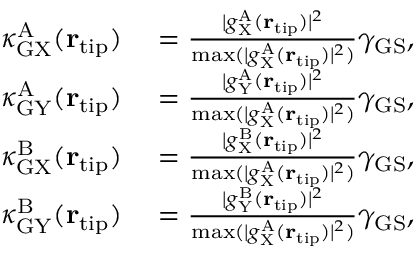
\begin{array} { r l } { \kappa _ { \mathrm { G X } } ^ { \mathrm { A } } ( { \bf r } _ { \mathrm { t i p } } ) } & { { } = \frac { | g _ { \mathrm { X } } ^ { \mathrm { A } } ( { \bf r } _ { \mathrm { t i p } } ) | ^ { 2 } } { \operatorname* { m a x } ( | g _ { \mathrm { X } } ^ { \mathrm { A } } ( { \bf r } _ { \mathrm { t i p } } ) | ^ { 2 } ) } \gamma _ { \mathrm { G S } } , } \\ { \kappa _ { \mathrm { G Y } } ^ { \mathrm { A } } ( { \bf r } _ { \mathrm { t i p } } ) } & { { } = \frac { | g _ { \mathrm { Y } } ^ { \mathrm { A } } ( { \bf r } _ { \mathrm { t i p } } ) | ^ { 2 } } { \operatorname* { m a x } ( | g _ { \mathrm { X } } ^ { \mathrm { A } } ( { \bf r } _ { \mathrm { t i p } } ) | ^ { 2 } ) } \gamma _ { \mathrm { G S } } , } \\ { \kappa _ { \mathrm { G X } } ^ { \mathrm { B } } ( { \bf r } _ { \mathrm { t i p } } ) } & { { } = \frac { | g _ { \mathrm { X } } ^ { \mathrm { B } } ( { \bf r } _ { \mathrm { t i p } } ) | ^ { 2 } } { \operatorname* { m a x } ( | g _ { \mathrm { X } } ^ { \mathrm { A } } ( { \bf r } _ { \mathrm { t i p } } ) | ^ { 2 } ) } \gamma _ { \mathrm { G S } } , } \\ { \kappa _ { \mathrm { G Y } } ^ { \mathrm { B } } ( { \bf r } _ { \mathrm { t i p } } ) } & { { } = \frac { | g _ { \mathrm { Y } } ^ { \mathrm { B } } ( { \bf r } _ { \mathrm { t i p } } ) | ^ { 2 } } { \operatorname* { m a x } ( | g _ { \mathrm { X } } ^ { \mathrm { A } } ( { \bf r } _ { \mathrm { t i p } } ) | ^ { 2 } ) } \gamma _ { \mathrm { G S } } , } \end{array}